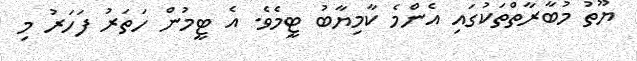
ޔޫތު މުބާރާތްތަކުގައި އެންމެ ކާމިޔާބު ޓީމެވެ. އެ ޓީމުން ހަތަރު ފަަހަރު މި